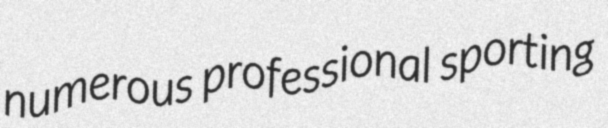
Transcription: numerous professional sporting